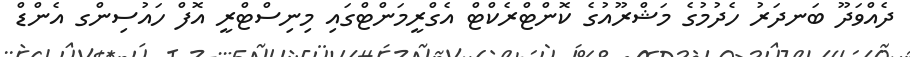
ދެއްވަދޫ ބަނދަރު ހެދުމުގެ މަޝްރޫއުގެ ކޮންޓްރެކްޓް އެގްރީމަންޓްގައި މިނިސްޓްރީ އޮފް ހައުސިންގ އެންޑް